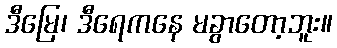
ဒီမြေ၊ ဒီရေကနေ မခွာတော့ဘူး။